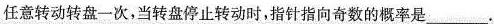
任意转动转盘一次，当转盘停止转动时，指针指向奇数的概率是___.